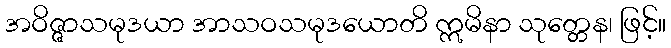
အဝိဇ္ဇာသမုဒယာ အာသဝသမုဒယောတိ ဣမိနာ သုတ္တေန၊ ဖြင့်။